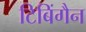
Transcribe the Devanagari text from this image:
टिबिंगैन